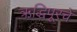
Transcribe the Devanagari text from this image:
ऋद्धिपूरचे